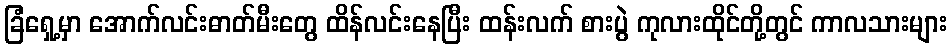
ခြံရှေ့မှာ အောက်လင်းဓာတ်မီးတွေ ထိန်လင်းနေပြီး ထန်းလက် စားပွဲ ကုလားထိုင်တို့တွင် ကာလသားများ